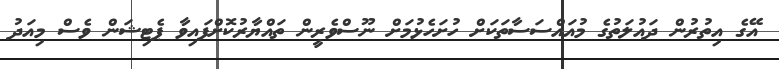
އޭގެ އިތުރުން ދައުލަތުގެ މުއައްސަސާތަކަށް ހުށަހެޅުމަށް ނޫސްވެރީން ތައްޔާރުކޮށްފައިވާ ޕެޓިޝަން ވެސް މިއަދު